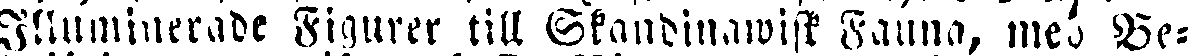
Illuminerade Figurer till Skandinawisk Fauna, med Be-